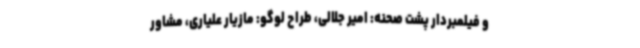
و فیلمبردار پشت صحنه: امیر جلالی، طراح لوگو: مازیار علیاری، مشاور